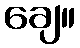
ချေ။